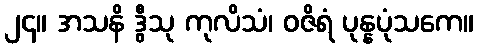
၂၄။ အသနိ ဒွီသု ကုလိသံ၊ ဝဇိရံ ပုန္နပုံသကေ။